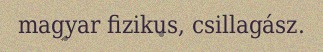
magyar fizikus, csillagász.